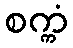
စက္ကံ